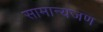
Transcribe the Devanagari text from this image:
सामान्यजण